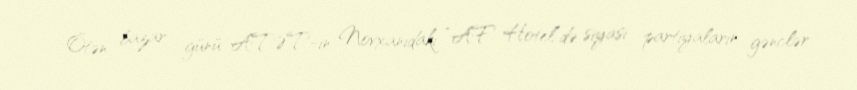
Ötən bazar günü ATƏT-in Novxanıdakı “AF Hotel”də siyasi partiyaların gənclər